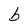
Character: b